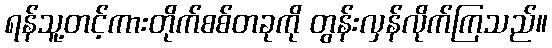
ရန်သူ့တင့်ကားတိုက်စစ်တခုကို တွန်းလှန်လိုက်ကြသည်။